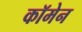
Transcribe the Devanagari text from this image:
कॉमेन